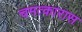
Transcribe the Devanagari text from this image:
चमत्कारास